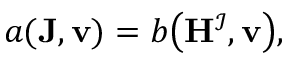
\begin{array} { r } { a ( \mathbf { J } , \mathbf { v } ) = b \big ( \mathbf { H } ^ { \mathcal { I } } , \mathbf { v } \big ) , } \end{array}